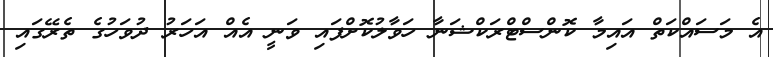
އެ މަސައްކަތް އައިމާ ކޮންސްޓްރަކްޝަނާ ހަވާލުކޮށްފައި ވަނީ އެއް އަހަރު ދުވަހުގެ ތެރޭގައި